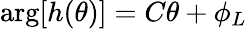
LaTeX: \arg[{h(\theta)}]=C\theta+\phi_{L}